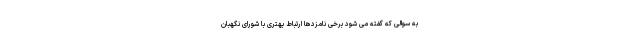
به سوالی که گفته می شود برخی نامزدها ارتباط بهتری با شورای نگهبان